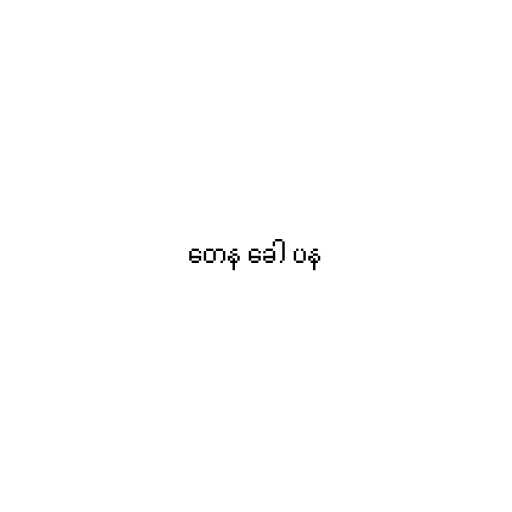
တေန ခေါ ပန